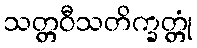
သတ္တဝီသတိက္ခတ္တုံ